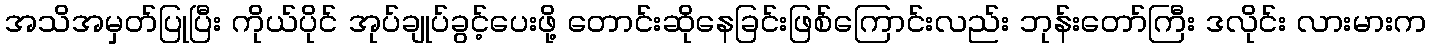
အသိအမှတ်ပြုပြီး ကိုယ်ပိုင် အုပ်ချုပ်ခွင့်ပေးဖို့ တောင်းဆိုနေခြင်းဖြစ်ကြောင်းလည်း ဘုန်းတော်ကြီး ဒလိုင်း လားမားက